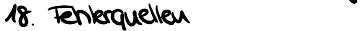
18. Fehlerquellen